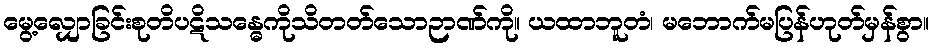
မွေ့လျှောခြင်းစုတိပဋိသန္ဓေကိုသိတတ်သောဉာဏ်ကို။ ယထာဘူတံ၊ မဘောက်မပြန်ဟုတ်မှန်စွာ။